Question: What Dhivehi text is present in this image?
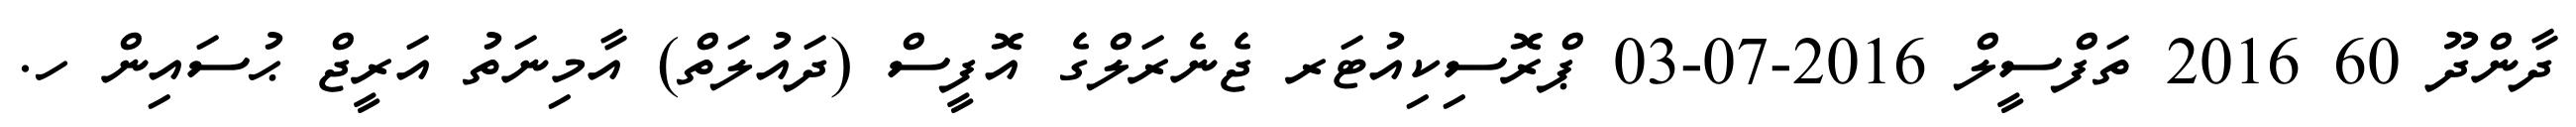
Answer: ދާންދޫ 60 2016 ތަފްސީލް 2016-07-03 ޕްރޮސިކިއުޓަރ ޖެނެރަލްގެ އޮފީސް (ދައުލަތް) އާމިނަތު އަރީޖް ޙުސައިން ހ.